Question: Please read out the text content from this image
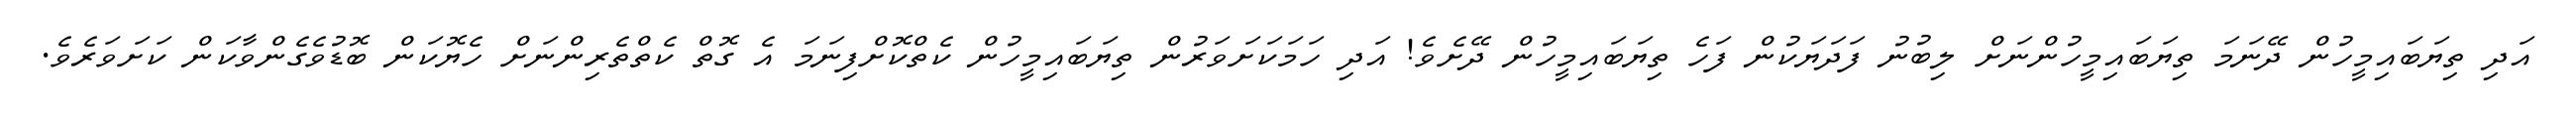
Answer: އަދި ތިޔަބައިމީހުން ދޭނަމަ ތިޔަބައިމީހުންނަށް ލިބުނު ފަދަޔަކުން ފަހެ ތިޔަބައިމީހުން ދޭށެވެ! އަދި ހަމަކަށަވަރުން ތިޔަބައިމީހުން ކެތްކޮށްފިނަމަ އެ ގޮތް ކެތްތެރިންނަށް ހެޔޮކަން ބޮޑުވެގެންވާކަން ކަށަވަރެވެ.